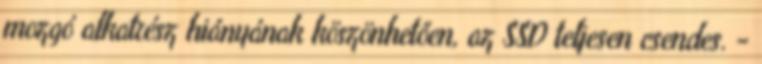
mozgó alkatrész hiányának köszönhetően, az SSD teljesen csendes. -